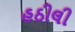
હઠીલી